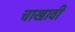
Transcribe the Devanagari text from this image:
चाखावी